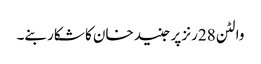
والٹن 28رنز پر جنید خان کا شکار بنے۔